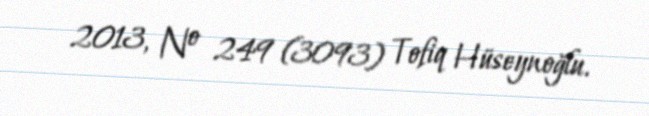
2013, № 249 (3093) Tofiq Hüseynoğlu.